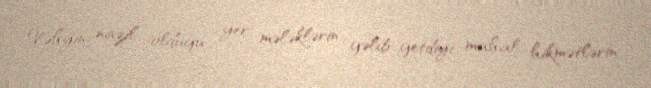
Vəhyin nazil olduğu yer, mələklərin gəlib-getdiyi mahal, hikmətlərin